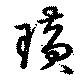
璜